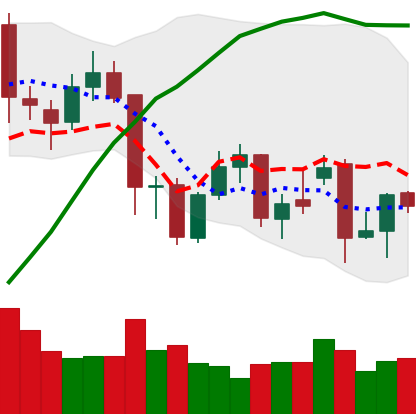
Ticker: XMR-USD
Chart end date: 2021-11-29
Forward return: -13.215%
Label: down_7plus